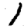
Digit: 1